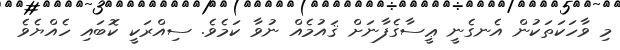
މި ވާހަކަތަކުން އެނގެނީ ޢީސާގެފާނަށް ޤައުމެއް ނުވާ ކަމެވެ. ސިއްރަކީ ކޮބައި ހެއްޔެވެ